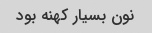
نون بسیار کهنه بود